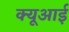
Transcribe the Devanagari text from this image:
क्यूआई